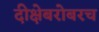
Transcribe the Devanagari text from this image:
दीक्षेबरोबरच